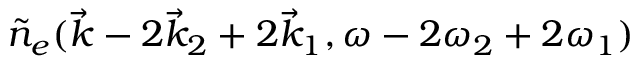
\tilde { n } _ { e } ( \vec { k } - 2 \vec { k } _ { 2 } + 2 \vec { k } _ { 1 } , \omega - 2 \omega _ { 2 } + 2 \omega _ { 1 } )